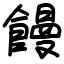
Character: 饅